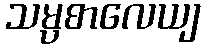
သမ္ပစာလေယျ